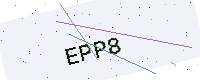
Text: EPP8